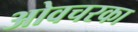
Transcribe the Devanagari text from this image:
ओवचरका